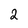
Character: 2